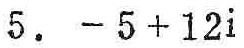
\(5.\ -5 + 12i\)